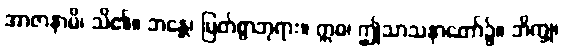
အာဇာနာမိ၊ သိ၏။ ဘန္တေ၊ မြတ်စွာဘုရား။ ဣဓ၊ ဤသာသနာတော်၌။ ဘိက္ခု၊